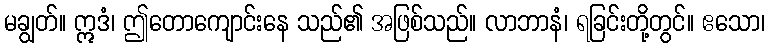
မချွတ်။ ဣဒံ၊ ဤတောကျောင်းနေ သည်၏ အဖြစ်သည်။ လာဘာနံ၊ ရခြင်းတို့တွင်။ ဧသော၊